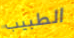
الطبيب